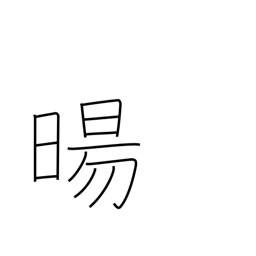
Meaning: sunrise